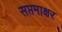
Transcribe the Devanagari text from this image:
सप्तमाक्षर